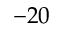
- 2 0